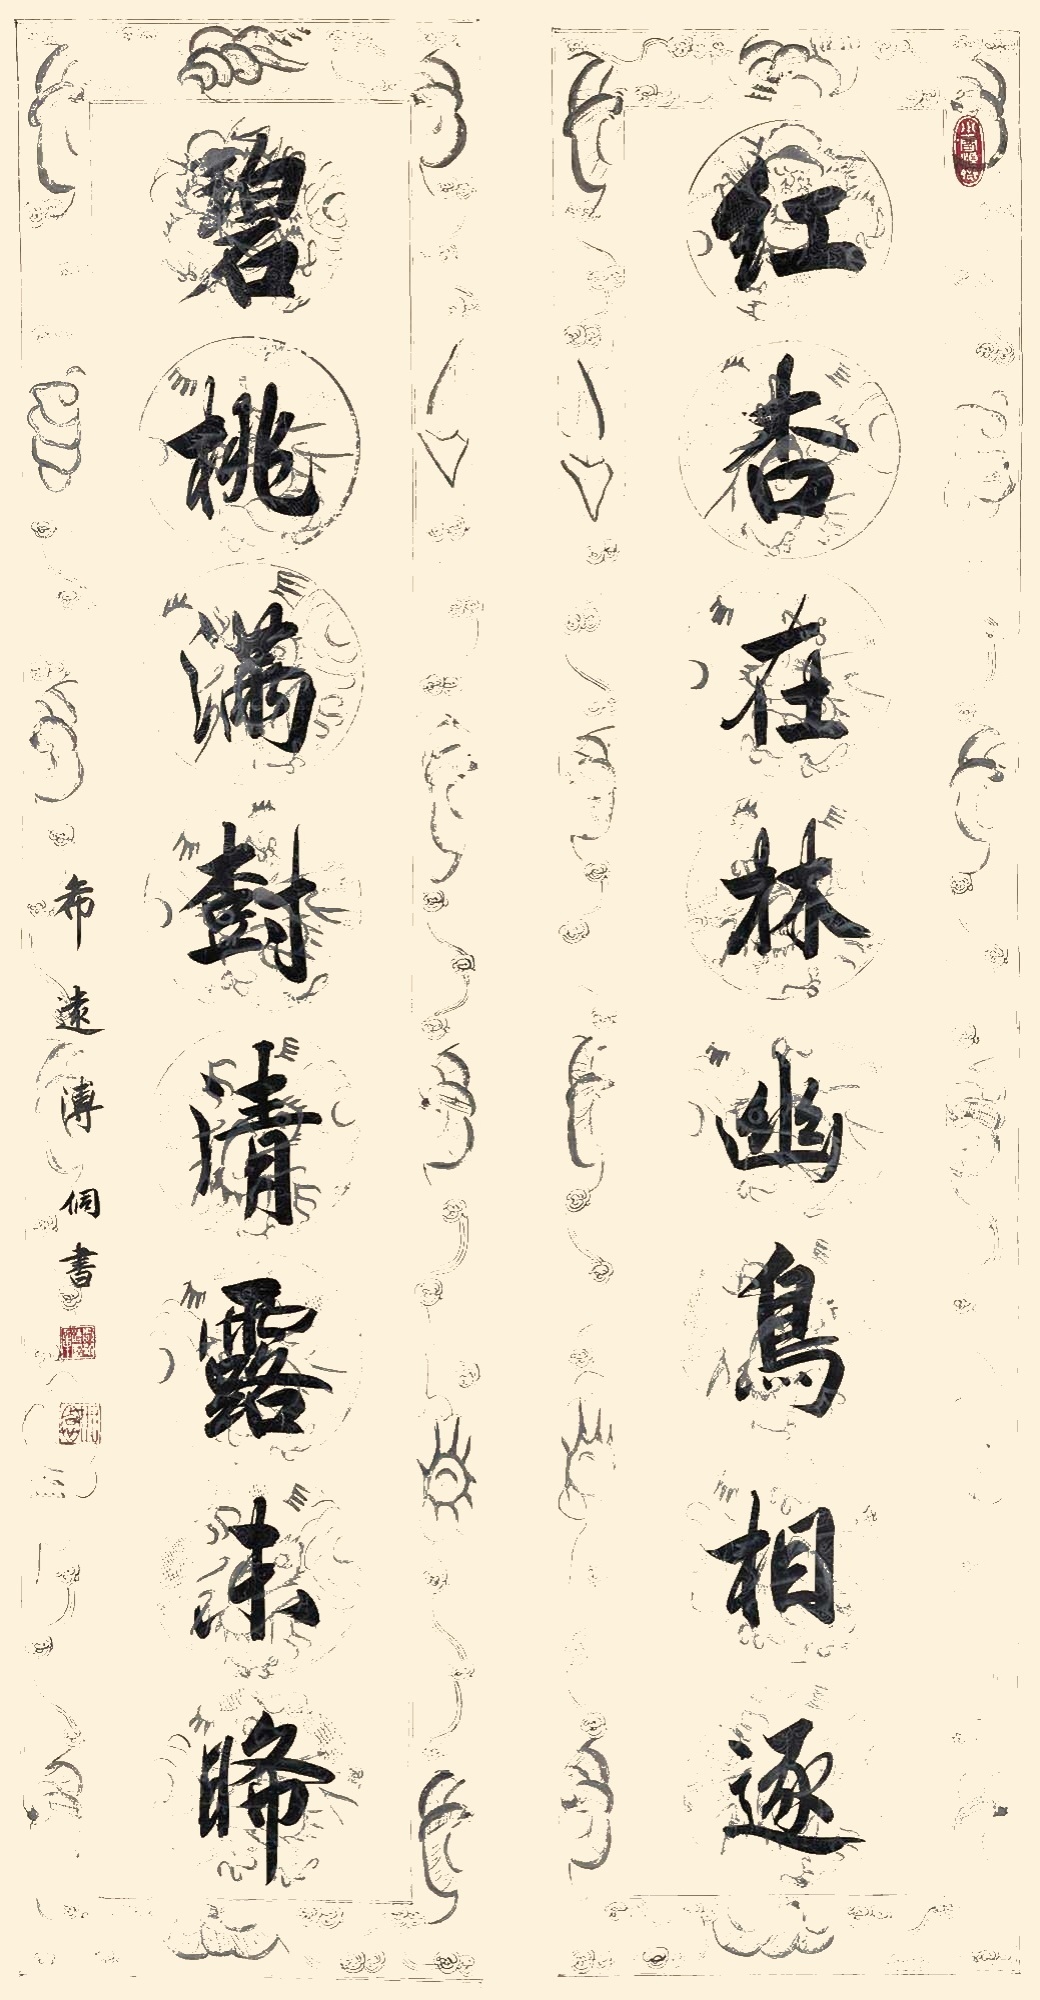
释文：红杏在林幽鸟相逐，碧桃满树清露未晞。希远溥侗书。